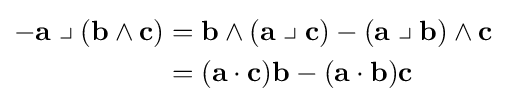
{\begin{aligned}-\mathbf {a} \;{\big \lrcorner }\;(\mathbf {b} \wedge \mathbf {c} )&=\mathbf {b} \wedge (\mathbf {a} \;{\big \lrcorner }\;\mathbf {c} )-(\mathbf {a} \;{\big \lrcorner }\;\mathbf {b} )\wedge \mathbf {c} \\&=(\mathbf {a} \cdot \mathbf {c} )\mathbf {b} -(\mathbf {a} \cdot \mathbf {b} )\mathbf {c} \end{aligned}}